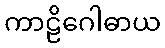
ကာဠိဂေါဓာယ